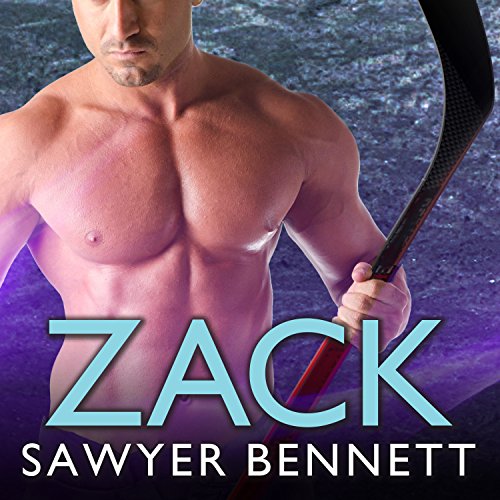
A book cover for Zack: Cold Fury Hockey Series #3; Sawyer Bennett; Romance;